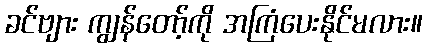
ခင်ဗျား ကျွန်တော့်ကို အကြံပေးနိုင်မလား။